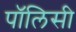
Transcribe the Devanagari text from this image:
पाॅलिसी